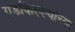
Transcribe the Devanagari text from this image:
गडकिल्ल्यांच्या